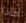
ماذا